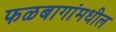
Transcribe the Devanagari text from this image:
फळबागांमधील